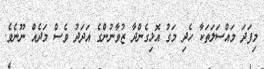
މިފަދަ މައްސަލަތަކާ ހެދި މަގު އޮޅިގެންދާ ޒުވާނުންގެ އަދަދު ވެސް މަދެއް ނޫނެވެ.